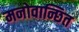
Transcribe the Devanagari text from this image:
मनोवान्छित